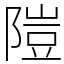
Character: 隑